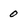
Character: 0